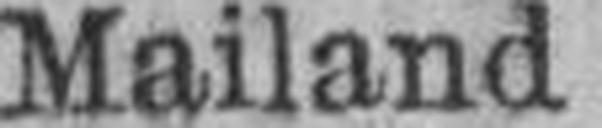
Mailand